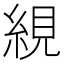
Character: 絸